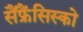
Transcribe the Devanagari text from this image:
सैंफ्रैंसिस्को